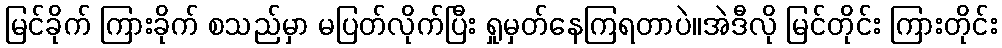
မြင်ခိုက် ကြားခိုက် စသည်မှာ မပြတ်လိုက်ပြီး ရှုမှတ်နေကြရတာပဲ။အဲဒီလို မြင်တိုင်း ကြားတိုင်း